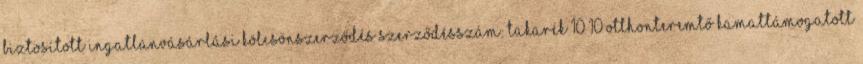
biztosított INGATLANVÁSÁRLÁSI KÖLCSÖNSZERZŐDÉS Szerződésszám: Takarék 10 10 Otthonteremtő Kamattámogatott